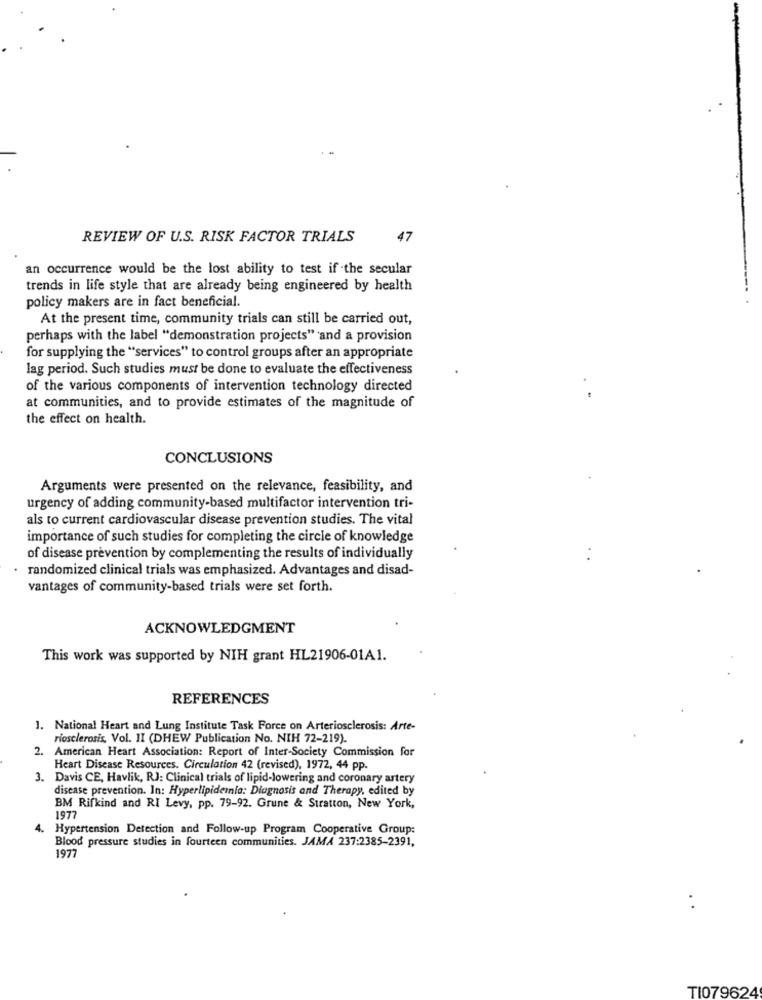
REVIEW OF U.S. RISK FACTOR TRIALS
47
an occurrence would be the lost ability to test if the secular
trends in life style that are already being engineered by health
policy makers are in fact beneficial.
At the present time, community trials can still be carried out,
perhaps with the label "demonstration projects" and a provision
for supplying the "services" to control groups after an appropriate
lag period. Such studies must be done to evaluate the effectiveness
of the various components of intervention technology directed
at communities, and to provide estimates of the magnitude of
the effect on health.
CONCLUSIONS
Arguments were presented on the relevance, feasibility, and
urgency of adding community-based multifactor intervention tri-
als to current cardiovascular disease prevention studies. The vital
importance of such studies for completing the circle of knowledge
of disease prevention by complementing the results of individually
randomized clinical trials was emphasized. Advantages and disad-
vantages of community-based trials were set forth.
ACKNOWLEDGMENT
This work was supported by NIH grant HL21906-01A1.
REFERENCES
1. National Heart and Lung Institute Task Force on Arteriosclerosis: Arte-
riosclerosis, Vol. II (DHEW Publication No. NIH 72-219).
2. American Heart Association: Report of Inter-Society Commission for
Heart Disease Resources. Circulation 42 (revised), 1972, 44 pp.
3.
Davis CE, Havlik, RJ: Clinical trials of lipid-lowering and coronary artery
disease prevention. In: Hyperlipidemia: Diagnosis and Therapy, edited by
BM Rifkind and RI Levy, pp. 79-92. Grune & Stratton, New York,
1977
4. Hypertension Detection and Follow-up Program Cooperative Group:
Blood pressure studies in fourteen communities. JAMA 237:2385-2391.
1977
. .
TI079624